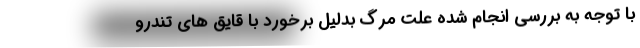
با توجه به بررسی انجام شده علت مرگ بدلیل برخورد با قایق های تندرو